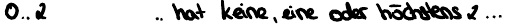
0..2   .. hat keine, eine oder höchstens 2 ...